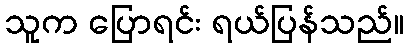
သူက ပြောရင်း ရယ်ပြန်သည်။